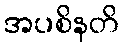
အပစိနတိ